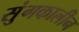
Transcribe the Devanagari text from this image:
सुंगकालीन